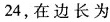
24，在边长为